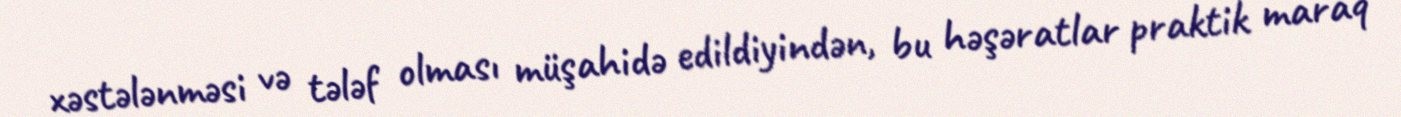
xəstələnməsi və tələf olması müşahidə edildiyindən, bu həşəratlar praktik maraq